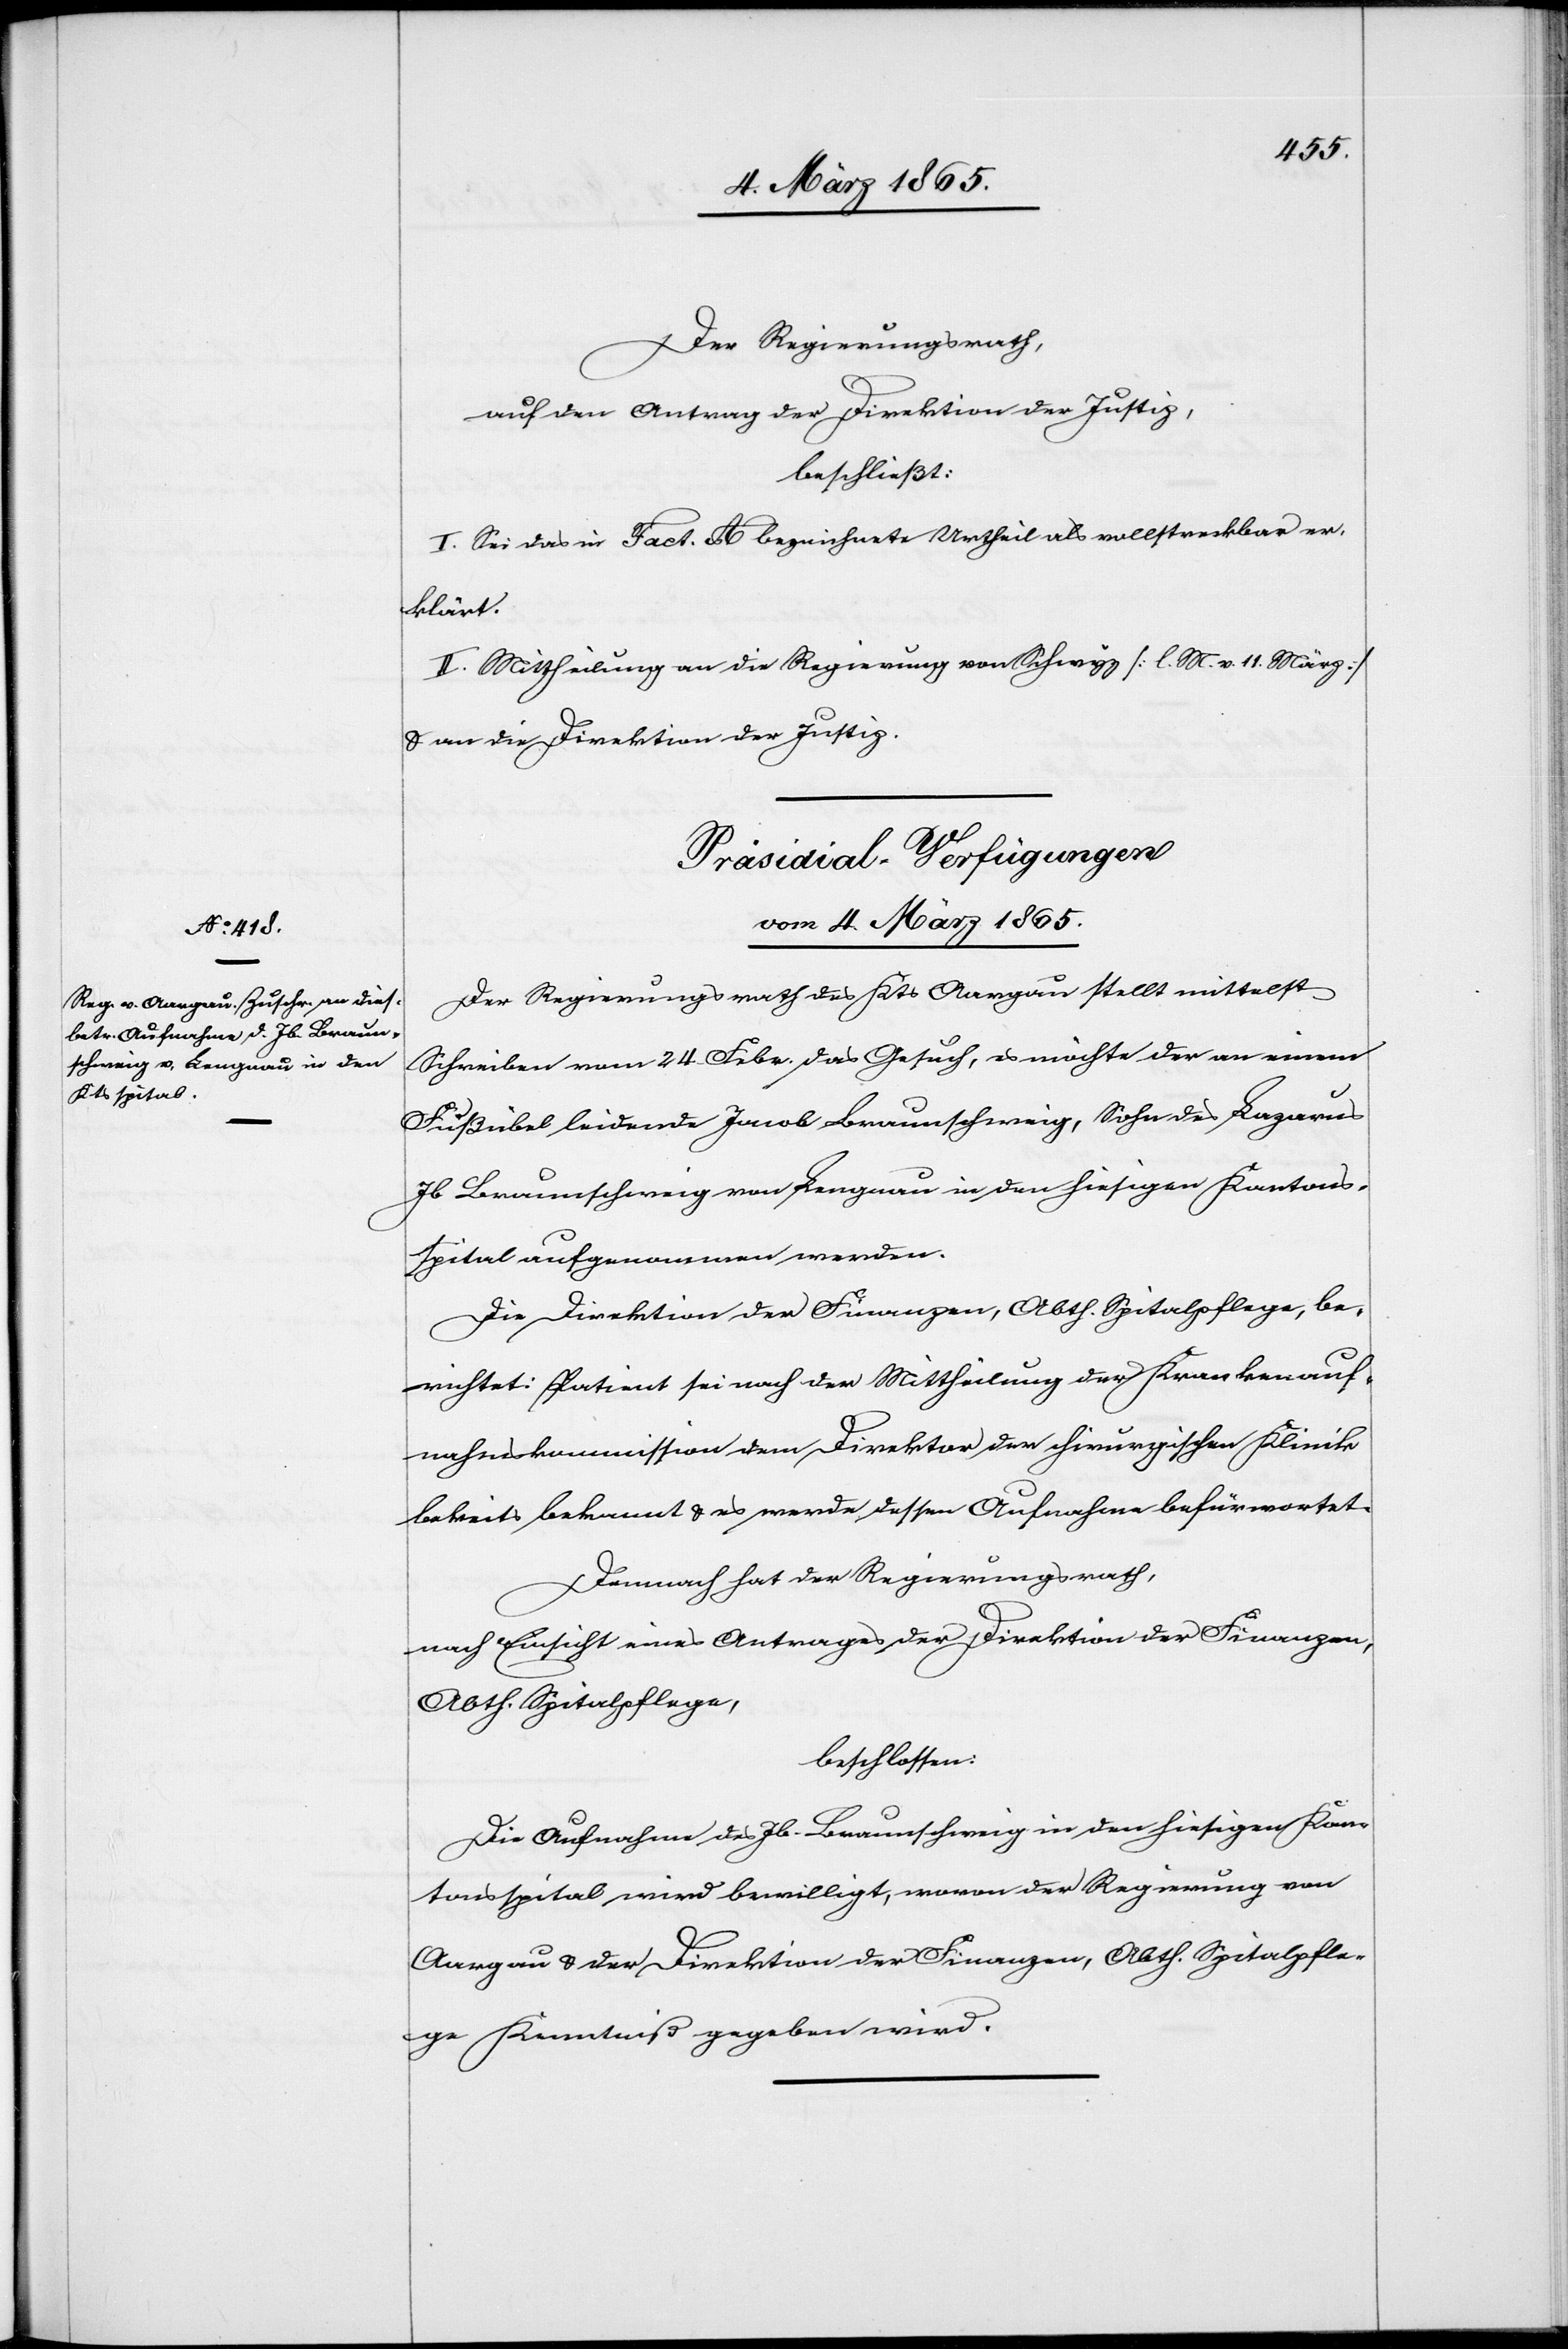
Der Regierungsrath,
auf den Antrag der Direktion der Justiz,
beschließt:
I. Sei das in Fact. A bezeichnete Urtheil als vollstreckbar er¬
klärt.
II. Mittheilung an die Regierung von Schwyz [l. M. v. 11. März]
u. an die Direktion der Justiz.
Präsidial-Verfügungen
vom 4. März 1865.
Der Regierungsrath des Kts Aargau stellt mittelst
Schreiben vom 24. Febr. das Gesuch, es möchte der an einem
Fußübel leidende Jacob Braunschweig, Sohn des Lazarus
Jb Braunschweig von Langnau in den hiesigen Kantons¬
spital aufgenommen werden.
Die Direktion der Finanzen, Abth. Spitalpflege, be¬
richtet: Patient sei nach der Mittheilung der Krankenauf¬
nahmskommission dem Direktor der chirurgischen Klinik
bereits bekannt u. es werde dessen Aufnahme befürwortet.
Demnach hat der Regierungsrath,
nach Einsicht eines Antrages der Direktion der Finanzen,
Abth. Spitalpflege,
beschlossen:
Die Aufnahme des Jb. Braunschweig in den hiesigen Kan¬
tonsspital wird bewilligt, wovon der Regierung von
Aargau u. der Direktion der Finanzen, Abth. Spitalpfle¬
ge Kenntniß gegeben wird.